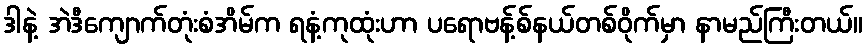
ဒါနဲ့ အဲဒီကျောက်တုံးစံအိမ်က ရနံ့ကုထုံးဟာ ပရောဗန့်စ်နယ်တစ်ဝိုက်မှာ နာမည်ကြီးတယ်။